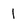
Character: I